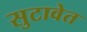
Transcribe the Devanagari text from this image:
सुटावेत